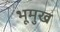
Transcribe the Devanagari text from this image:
भूमुख